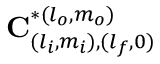
\mathbf { C } _ { ( l _ { i } , m _ { i } ) , ( l _ { f } , 0 ) } ^ { * ( l _ { o } , m _ { o } ) }